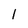
Character: 1